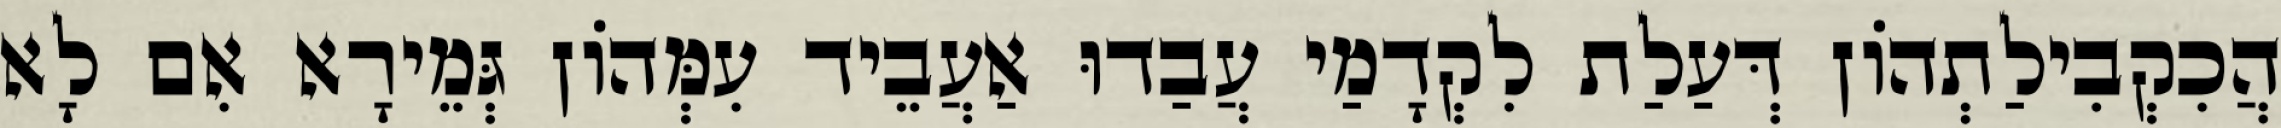
הֲכִקְבִילַתְהוֹן דְּעַלַת לִקְדָמַי עֲבַדוּ אַעֲבֵיד עִמְּהוֹן גְּמֵירָא אִם לָא